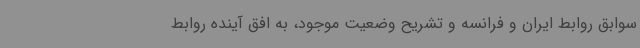
سوابق روابط ایران و فرانسه و تشریح وضعیت موجود، به افق آینده روابط